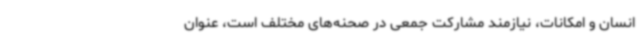
انسان و امکانات، نیازمند مشارکت جمعی در صحنه‌های مختلف است، عنوان